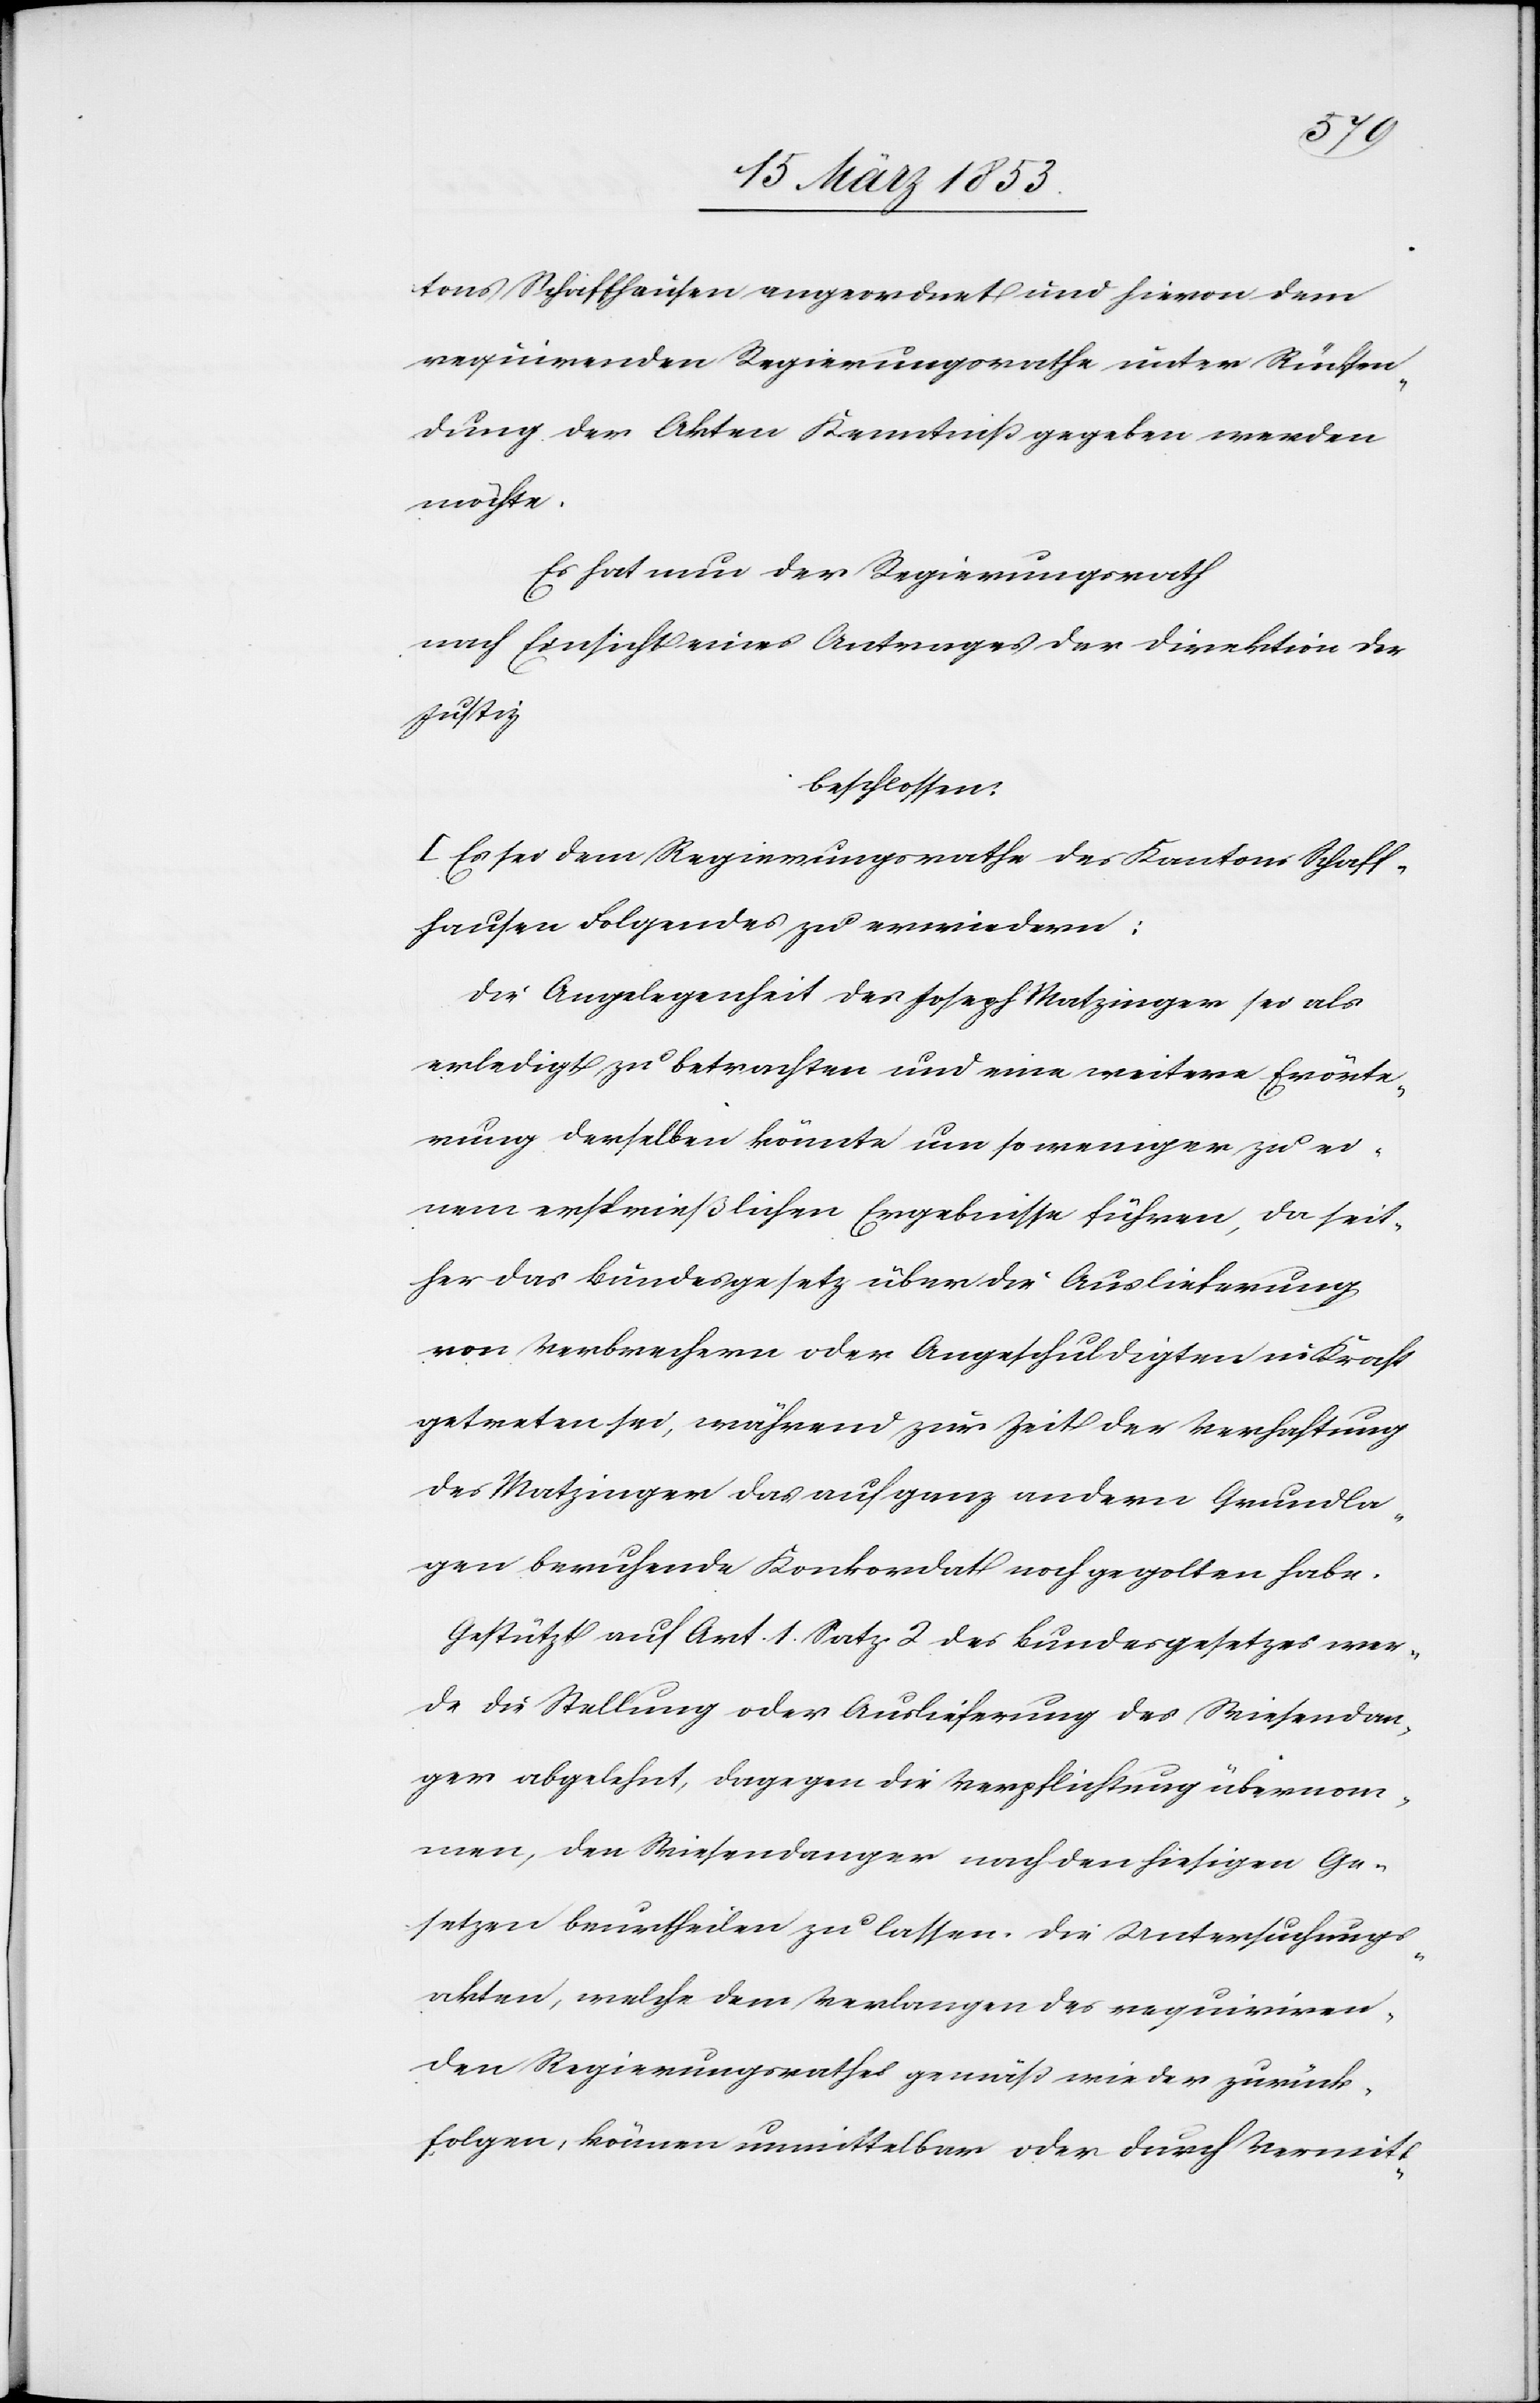
tons Schaffhausen angeordnet und hievon dem
requirenden Regierungsrathe unter Rücksen¬
dung der Akten Kenntniß gegeben werden
möchte.
Es hat nun der Regierungsrath
nach Einsicht eines Antrages der Direktion der
Justiz
beschlossen:
I. Es sei dem Regierungsrathe des Kantons Schaff¬
hausen Folgendes zu erwiedern:
Die Angelegenheit des Joseph Matzinger sei als
erledigt zu betrachten und eine weitere Erörte¬
rung derselben könnte um so weniger zu ei¬
nem ersprießlichen Ergebnisse führen, da seit¬
her das Bundesgesetz über die Auslieferung
von Verbrechern oder Angeschuldigten in Kraft
getreten sei, während zur Zeit der Verhaftung
des Matzinger das auf ganz andern Grundla¬
gen beruhende Konkordat noch gegolten habe.
Gestützt auf Art. 1 Satz 2 des Bundesgesetzes wer¬
de die Stellung oder Auslieferung des Wiesendan¬
ger abgelehnt, dagegen die Verpflichtung übernom¬
men, den Wiesendanger nach den hiesigen Ge¬
setzen beurtheilen zu lassen. Die Untersuchungs¬
akten, welche dem Verlangen des requiriren¬
den Regierungsrathes gemäß wieder zurück¬
folgen, können unmittelbar oder durch Vermitt-